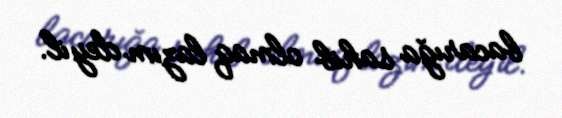
bacarığa sahib olmaq lazım deyil.